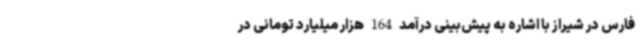
فارس در شیراز با اشاره به پیش‌بینی درآمد 164 هزار میلیارد تومانی در